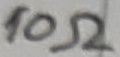
Text: 10Ω